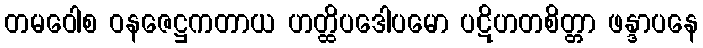
တမဝေါစ ဝနဇေဋ္ဌကတာယ ဟတ္ထိပဒေါပမော ပဋိဟတစိတ္တာ ဖန္ဒာပနေ